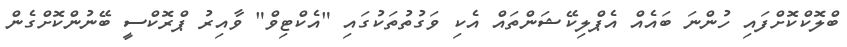
ބްލޮކްކޮށްފައި ހުންނަ ބައެއް އެޕްލިކޭޝަންތައް އެކި ވަގުތުތަކުގައި "އެކްޓިވް" ވާއިރު ޕްރޮކްސީ ބޭނުންކޮށްގެން